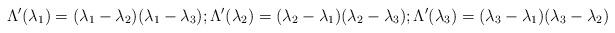
LaTeX: \begin{align*}\Lambda'(\lambda_1)=(\lambda_1-\lambda_2)( \lambda_1-\lambda_3);\Lambda'(\lambda_2)=(\lambda_2-\lambda_1)( \lambda_2-\lambda_3);\Lambda'(\lambda_3)=(\lambda_3-\lambda_1)( \lambda_3-\lambda_2)\end{align*}